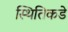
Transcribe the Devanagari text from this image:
स्थितिकडे